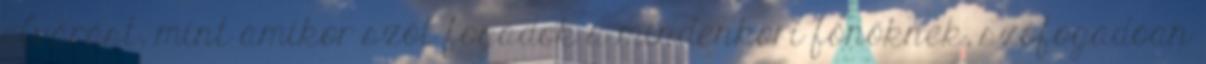
elvárást, mint amikor szót fogadok a mindenkori főnőknek, szófogadóan